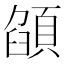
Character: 𩓟